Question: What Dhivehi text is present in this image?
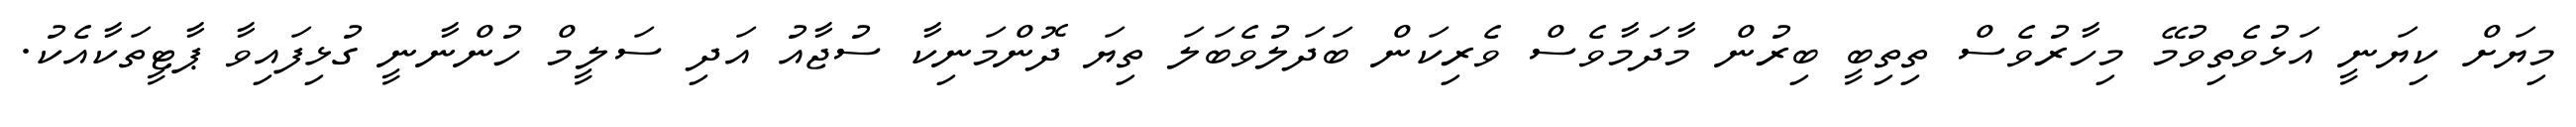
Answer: މިޔަށް ކިޔަނީ އަޅުވެތިވުމޭ މިހާރުވެސް ތިތިބީ ބިރުން މާދަމާވެސް ވެރިކަން ބަދަލުވެބަލަ ތިޔަ ދޮންމަނިކާ ސުޖާއު އަދި ސަލީމް ހުންނާނީ ގުޅިފައިވާ ޕާޓީތަކާއެކު.